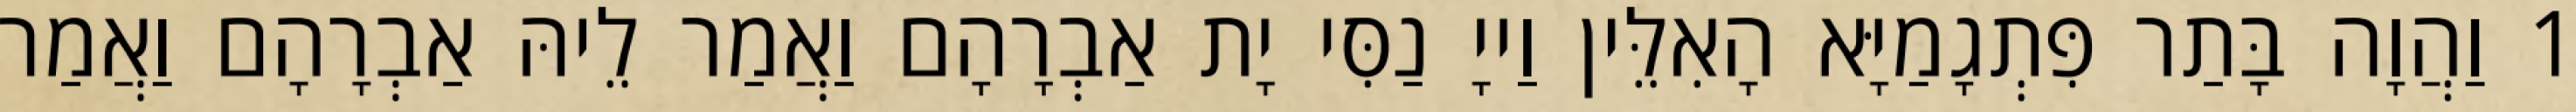
1 וַהֲוָה בָּתַר פִּתְגָמַיָּא הָאִלֵּין וַייָ נַסִּי יָת אַבְרָהָם וַאֲמַר לֵיהּ אַבְרָהָם וַאֲמַר